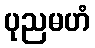
ပုညမဟံ